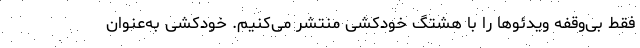
فقط بی‌وقفه ویدئوها را با هشتگ خودکشی منتشر می‌کنیم. خودکشی به‌عنوان